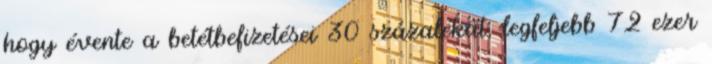
hogy évente a betétbefizetései 30 százalékát, legfeljebb 72 ezer